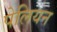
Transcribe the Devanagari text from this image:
पेलियन